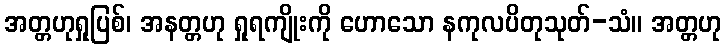
အတ္တဟုရှုပြစ်၊ အနတ္တဟု ရှုရကျိုးကို ဟောသော နကုလပိတုသုတ်-သံ။ အတ္တဟု